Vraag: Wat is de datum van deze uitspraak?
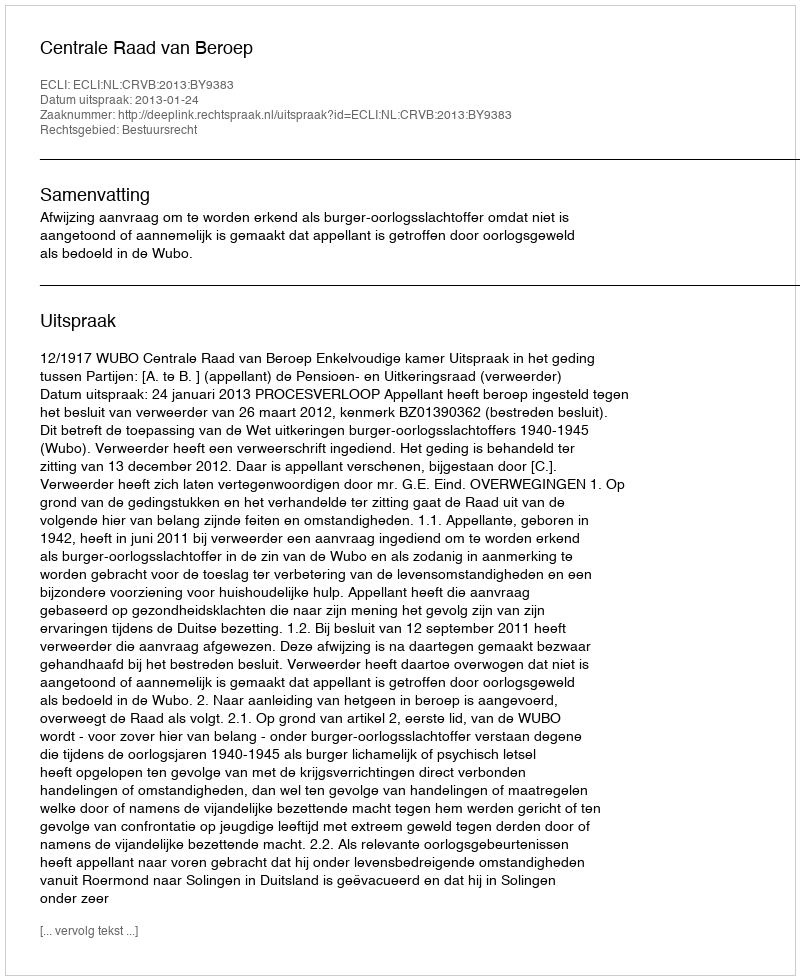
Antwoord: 2013-01-24